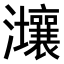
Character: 𤅑